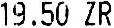
19.50 ZR